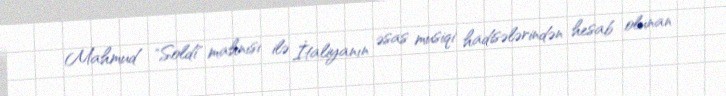
Mahmud "Soldi" mahnısı ilə İtaliyanın əsas musiqi hadisələrindən hesab olunan